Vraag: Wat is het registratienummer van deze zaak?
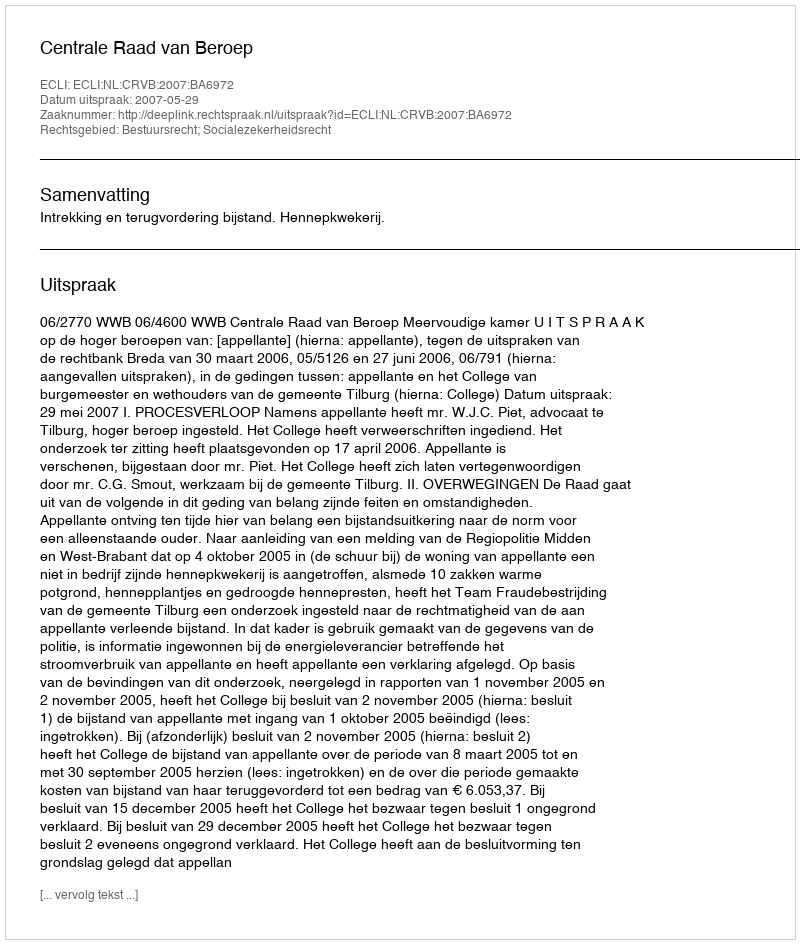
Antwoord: http://deeplink.rechtspraak.nl/uitspraak?id=ECLI:NL:CRVB:2007:BA6972